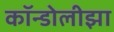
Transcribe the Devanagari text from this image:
कॉन्डोलीझा